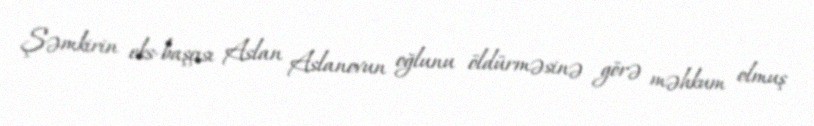
Şəmkirin eks-başçısı Aslan Aslanovun oğlunu öldürməsinə görə məhkum olmuş